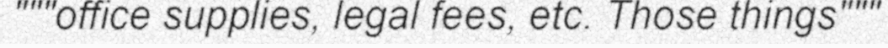
"""office supplies, legal fees, etc. Those things"""